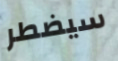
سيضطر